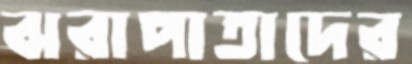
ঝরাপাতাদের